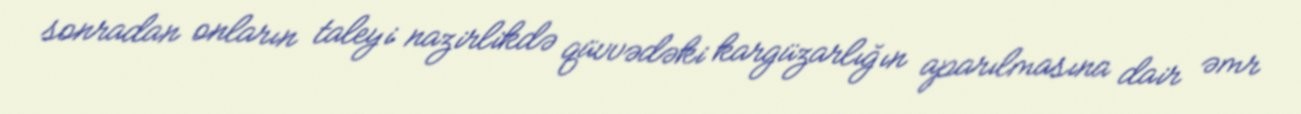
sonradan onların taleyi nazirlikdə qüvvədəki kargüzarlığın aparılmasına dair əmr